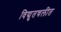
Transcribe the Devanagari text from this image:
विद्युतचलीत